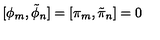
[ \phi _ { m } , \tilde { \phi } _ { n } ] = [ \pi _ { m } , \tilde { \pi } _ { n } ] = 0